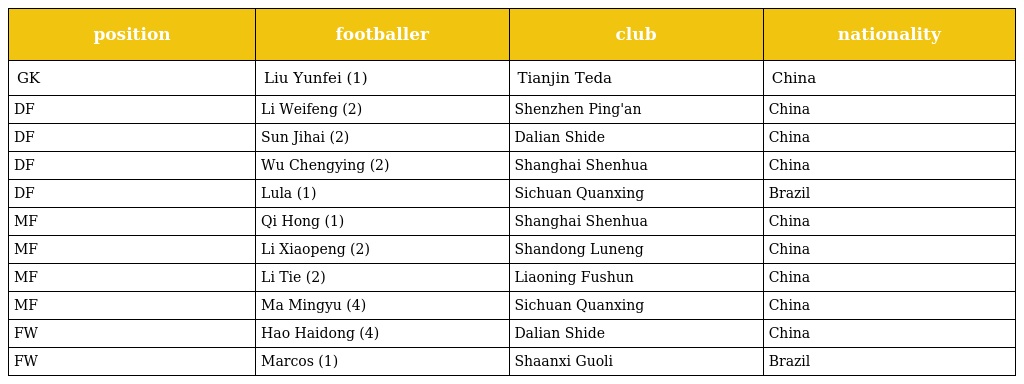
| position | footballer | club | nationality |
 | --- | --- | --- | --- |
 | GK | Liu Yunfei (1) | Tianjin Teda | China |
 | DF | Li Weifeng (2) | Shenzhen Ping'an | China |
 | DF | Sun Jihai (2) | Dalian Shide | China |
 | DF | Wu Chengying (2) | Shanghai Shenhua | China |
 | DF | Lula (1) | Sichuan Quanxing | Brazil |
 | MF | Qi Hong (1) | Shanghai Shenhua | China |
 | MF | Li Xiaopeng (2) | Shandong Luneng | China |
 | MF | Li Tie (2) | Liaoning Fushun | China |
 | MF | Ma Mingyu (4) | Sichuan Quanxing | China |
 | FW | Hao Haidong (4) | Dalian Shide | China |
 | FW | Marcos (1) | Shaanxi Guoli | Brazil |